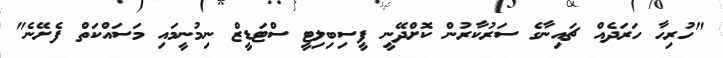
"ހުރިހާ ހަރަދެއް ޗައިނާގެ ސަރުކާރުން ކޮށްދޭނީ ފީސިބިލިޓީ ސްޓަޑީޒް ނިމުނީމައި މަސައްކަތް ފެށޭނެ"